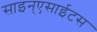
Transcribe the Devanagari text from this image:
साइन्एसाईटस